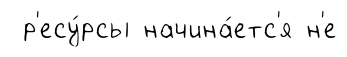
р'есу́рсы начина́етс'я н'е